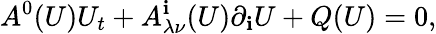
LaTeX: A^{0}(U)U_{t}+A_{\lambda\nu}^{\mathbf{i}}(U)\partial_{\mathbf{i}}U+Q(U)=0,